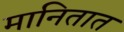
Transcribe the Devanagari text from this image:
मानितात